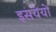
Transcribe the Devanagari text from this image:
इसयेयों